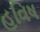
હવિષ